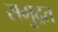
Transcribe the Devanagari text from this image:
समुद्रत